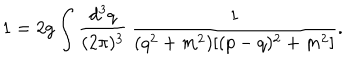
1 = 2 g \int \frac { d ^ { 3 } q } { ( 2 \pi ) ^ { 3 } } \, \frac { 1 } { ( q ^ { 2 } + m ^ { 2 } ) [ ( p - q ) ^ { 2 } + m ^ { 2 } ] } .